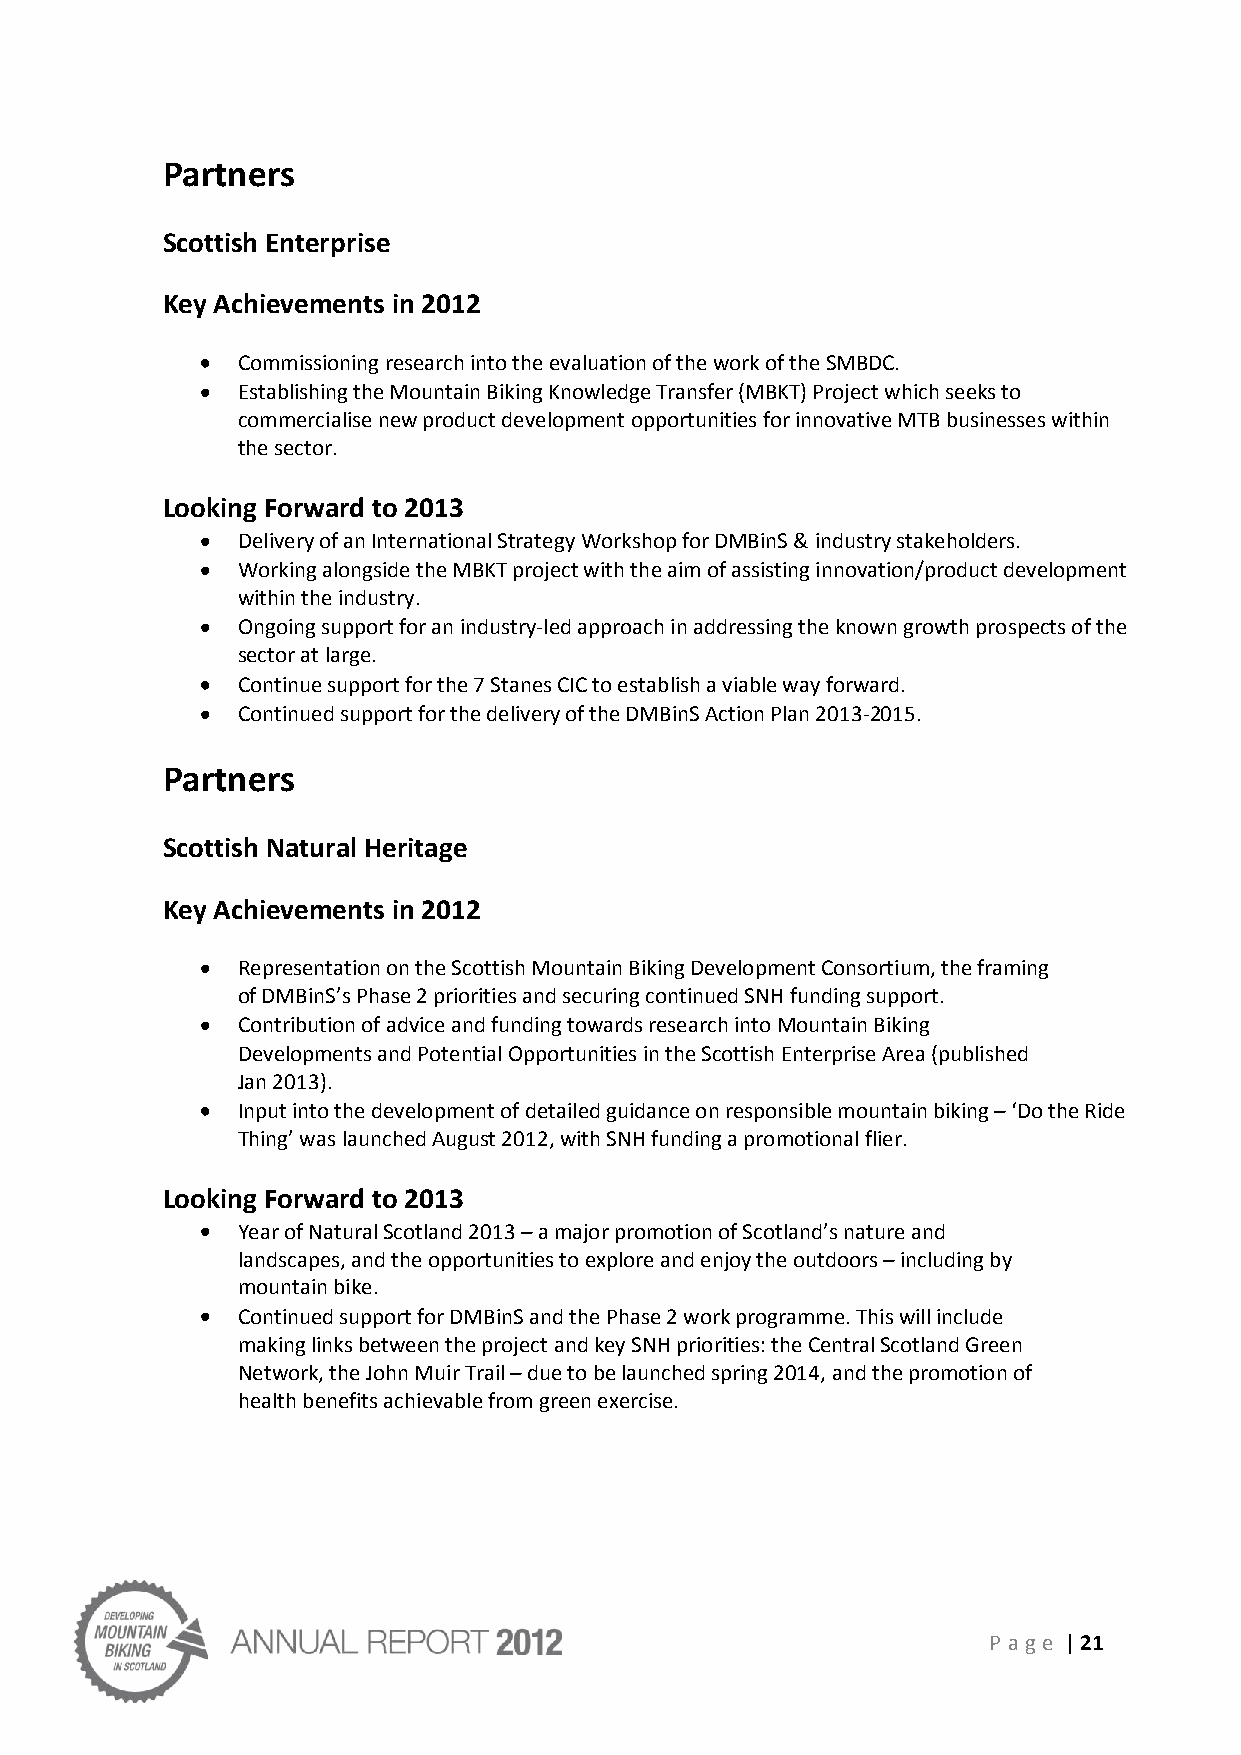
Partners
 Scottish Enterprise
 Key Achievements in 2012
 Commissioning research into the evaluation of the work of the SMBDC.
 Establishing the Mountain Biking Knowledge Transfer (MBKT) Project which seeks to
 commercialise new product development opportunities for innovative MTB businesses within
 the sector.
 Looking Forward to 2013
 Delivery of an International Strategy Workshop for DMBinS & industry stakeholders.
 Working alongside the MBKT project with the aim of assisting innovation/product development
 within the industry.
 Ongoing support for an industry-led approach in addressing the known growth prospects of the
 sector at large.
 Continue support for the 7 Stanes CIC to establish a viable way forward.
 Continued support for the delivery of the DMBinS Action Plan 2013-2015.
 Partners
 Scottish Natural Heritage
 Key Achievements in 2012
 Representation on the Scottish Mountain Biking Development Consortium, the framing
 of DMBinS’s Phase 2 priorities and securing continued SNH funding support.
 Contribution of advice and funding towards research into Mountain Biking
 Developments and Potential Opportunities in the Scottish Enterprise Area (published
 Jan 2013).
 Input into the development of detailed guidance on responsible mountain biking – ‘Do the Ride
 Thing’ was launched August 2012, with SNH funding a promotional flier.
 Looking Forward to 2013
 Year of Natural Scotland 2013 – a major promotion of Scotland’s nature and
 landscapes, and the opportunities to explore and enjoy the outdoors – including by
 mountain bike.
 Continued support for DMBinS and the Phase 2 work programme. This will include
 making links between the project and key SNH priorities: the Central Scotland Green
 Network, the John Muir Trail – due to be launched spring 2014, and the promotion of
 health benefits achievable from green exercise.
 P age | 21